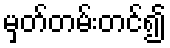
မှတ်တမ်းတင်၍